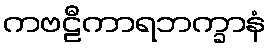
ကဗဠီကာရဘက္ခာနံ